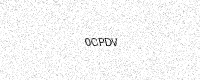
Text: 0CPDV